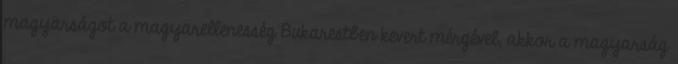
magyarságot a magyarellenesség Bukarestben kevert mérgével, akkor a magyarság